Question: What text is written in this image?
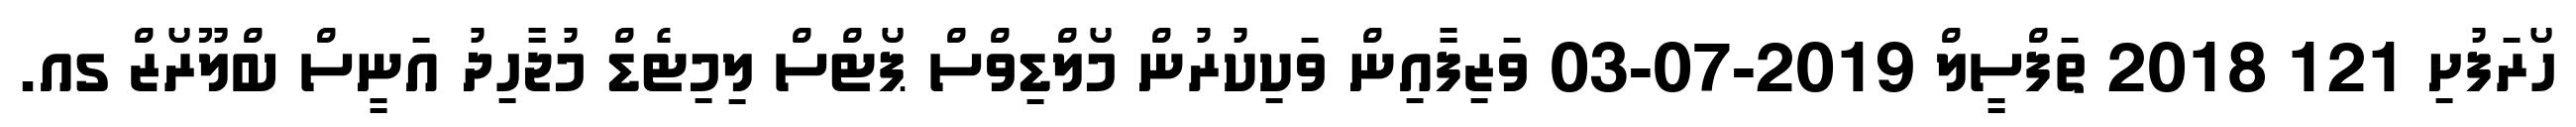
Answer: ހޯރަފުށި 121 2018 ތަފްސީލް 2019-07-03 ވަޒިފާއިން ވަކިކުރުން މޯލްޑިވްސް ޕޯޓްސް ލިމިޓެޑް މުޖާހިދު އަނީސް ބްލޫރޯޒް ގއ.